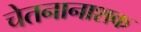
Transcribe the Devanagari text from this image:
चेतनानाशक